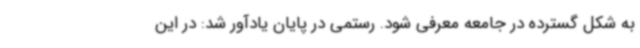
به شکل گسترده در جامعه معرفی شود. رستمی در پایان یادآور شد: در این